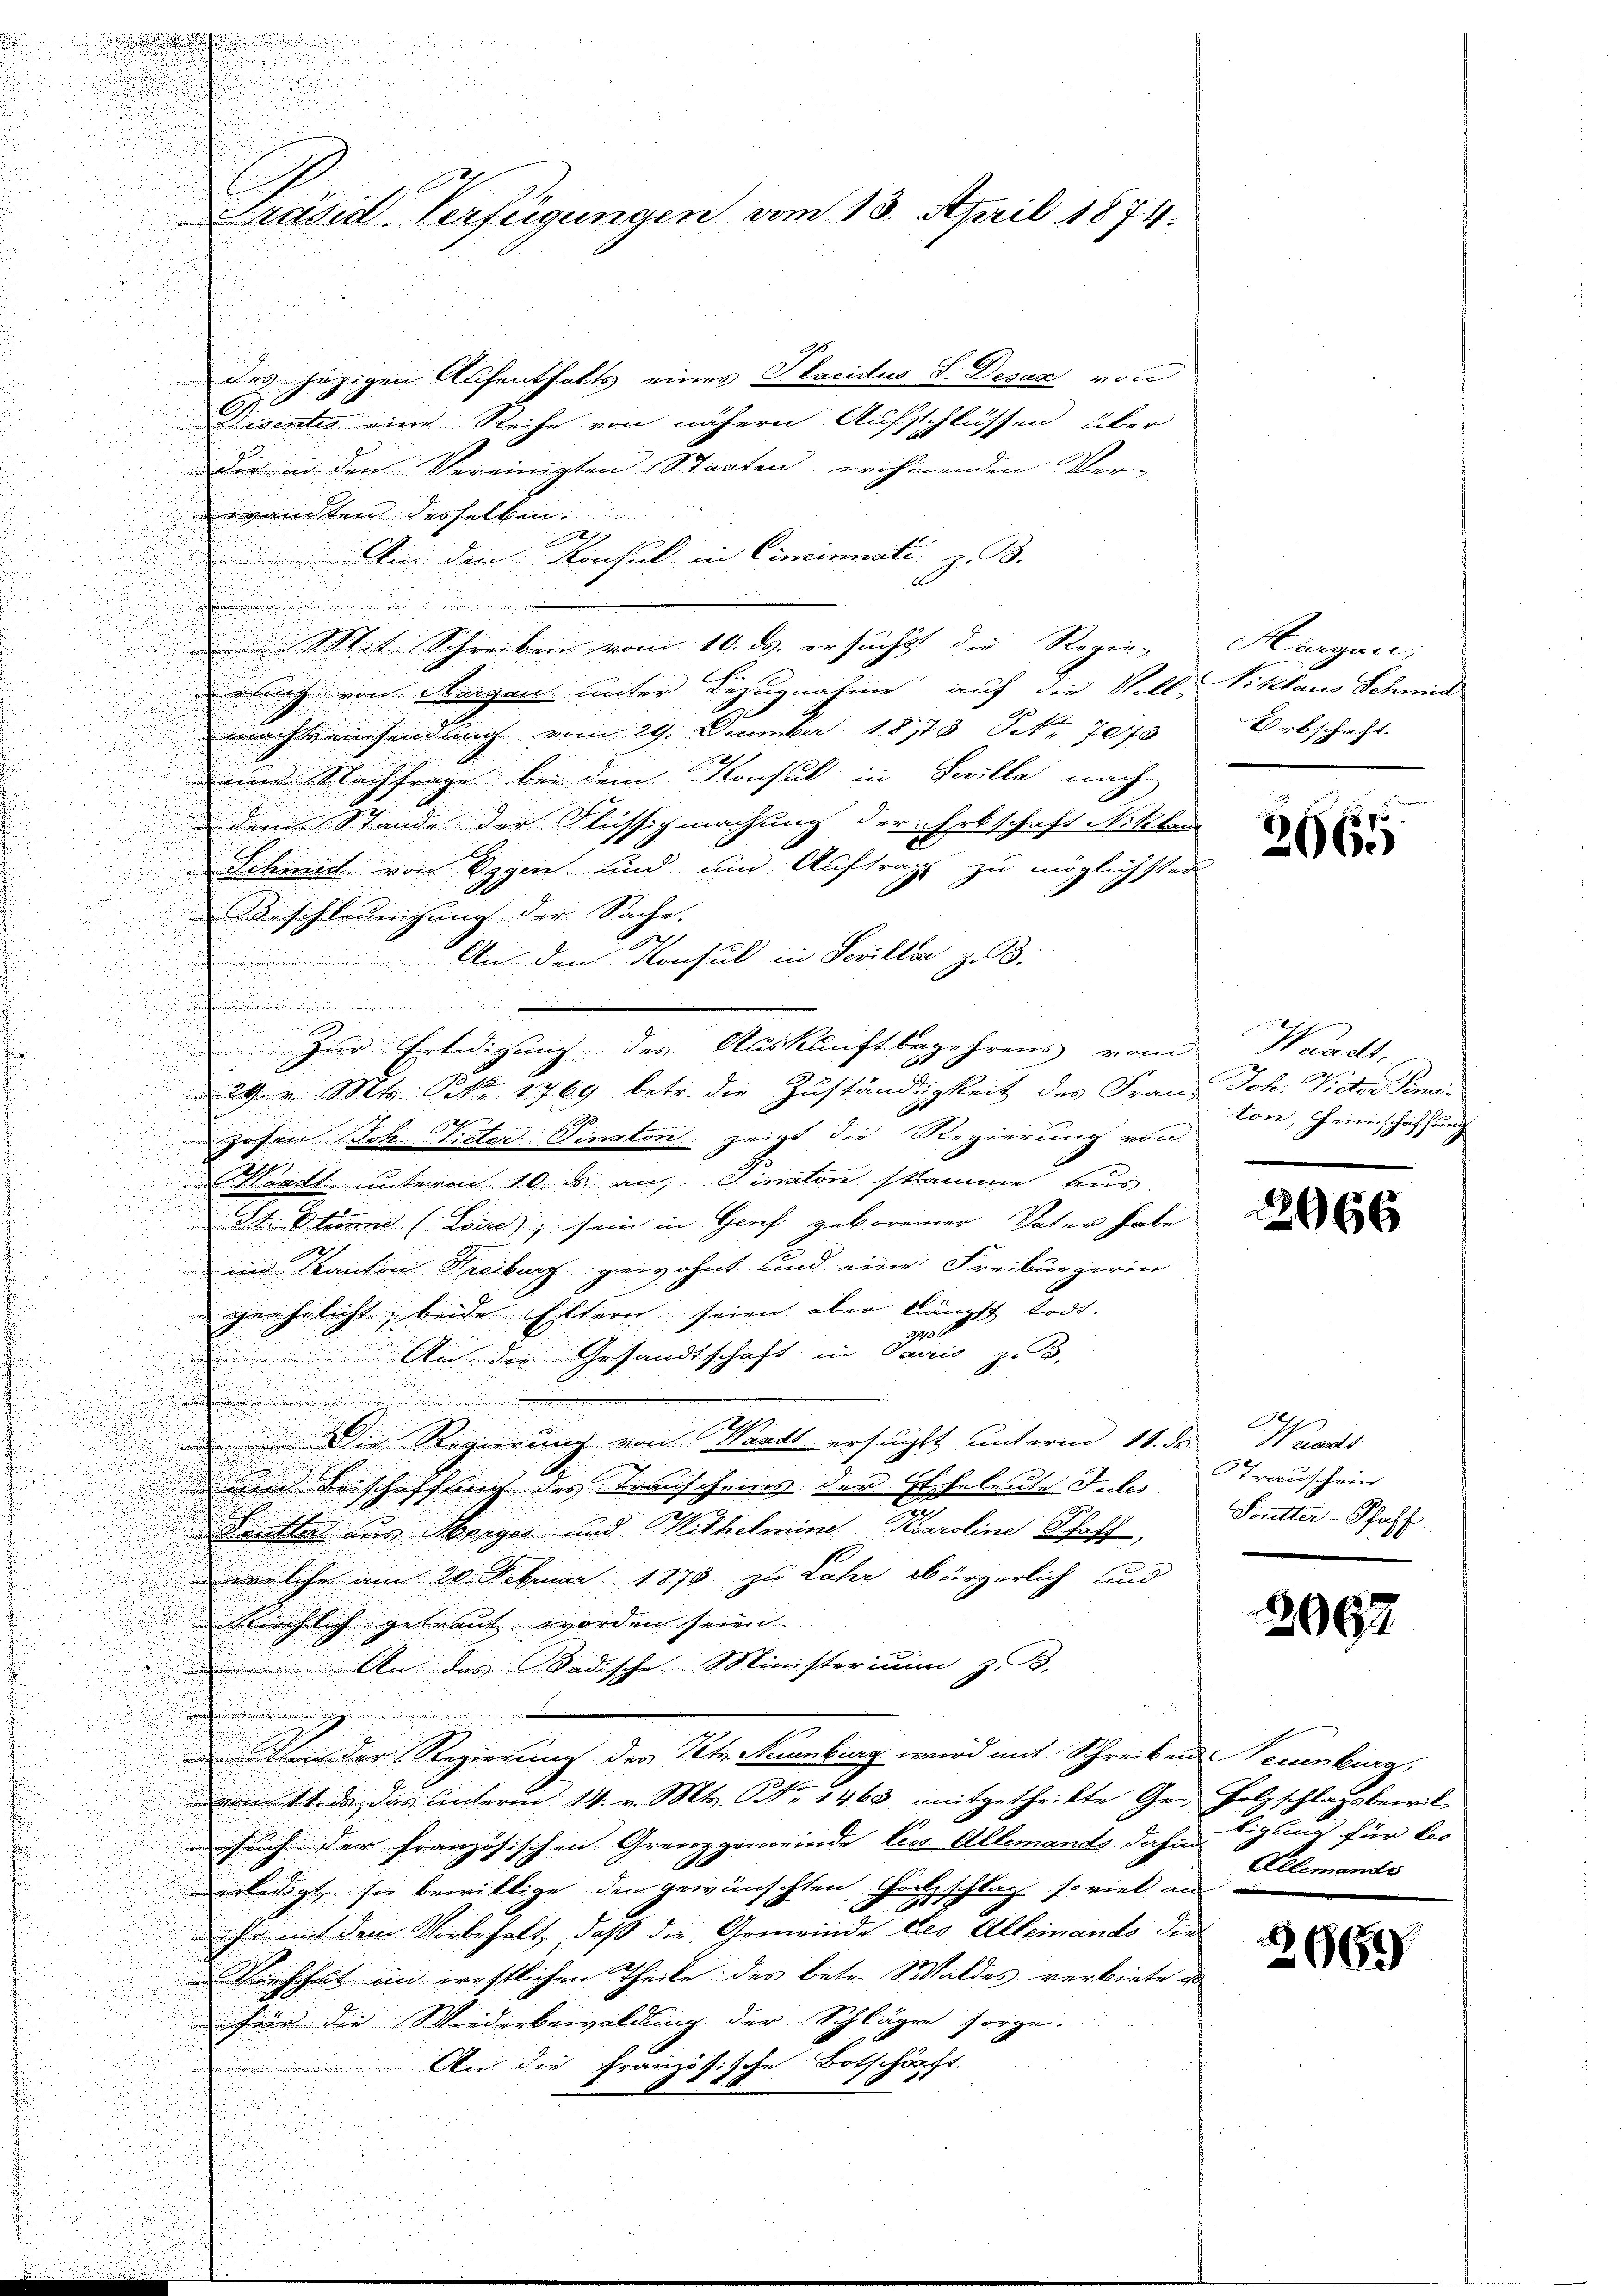
n

Präsid Verfügungen vom 13. April 1874.

n
des jezigen Aufenthalts einer Placidus S. Desaz von
Disentes eine Reihe von nähern Aufschlüssen aber
Die in den Vereinigten Staaten wohnenden Ver-
ewandten derselben.
An den Konsul in Cincinali z. B.
n
Mit Schreiben vom 10. ds. ersucht die Regie-
rlung von Aargau unter Bezugnahme auf die Voll-Siklaus Schmid
machtzeinsendung vom 29. December 1813. No. 7078
und Nachfrage bei dem Konsul in Seilla nach
dem Stande der Flüssigmachung der Erbschaft Neben
Schmid von Segen und und Auftrage zu möglichsten
Beschleunigung der Sache.
2
An den Konsul in Sevillen z. B.

h
.
n
2

 29. v. Mts. Nr. 1769 betr. die Zuständigkeit des Franz Joch. Victor Sena¬
u

h
hohen Sch. Victor Pinator zeigt die Regierung von
.

Waadt unterm 10. ds an; Jinaton stamme aus.

St. Stimme (Lord) sein in Genf geborener Vater habe
7
n Kanton Reciburg gewohnt und eine Freiburgerin
d
d
geehelicht, beide Eltern seien aber längst todt.

1
i
Au die Gesandtschaft in Paris z. B.
.
 Die Regierung von Waadt ersucht unterm 11. der Waadt
und Beischaffung des Transcheins der Eheleute Jules
Kanster aus Morges und Wilhelmine Karoline Schaff,
welche am 20. Februar 1878 zu Lahr bürgerlich und
kirchlich getraut worden seien.
 An das Badische Ministerium z. B.
u
uu erwieden
Von der Regierung des Kts. Franbing wird mit Schreiben Neuenburg,
.
vom 11. da das unterm 14. v. Mts. NNo. 1460 mitgetheilte Ge- Holzschlagsbewil
such der französischen Grenzgemeinde leer Allemands dahin Egling für bes
verledigt sie bewillige die gewünschten Hochschlag so viel an
d
ihr mit dem Vorbehalt, daß die Gemeinde des Alleinando die
Viehhalt im westlichen Theile des betr. Waldes verbiete u
Für die Wiederbewaldung der Schlägen sorge.
An die Französische Botschäft.

zur Erledigung des Auskunftbegehrens von Kracht,

Hargen;
Urbschaft.

2665

ton, Heimschaffung

2066

STrauschein
Foutter-Schaff

2067.

Allemands

266